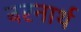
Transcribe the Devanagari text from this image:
बरनार्थ